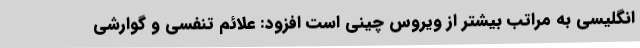
انگلیسی به مراتب بیشتر از ویروس چینی است افزود: علائم تنفسی و گوارشی